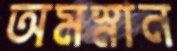
অমস্নান